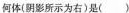
何体(阴影所示为右)是( )